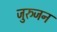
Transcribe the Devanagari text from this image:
जुरुजन